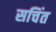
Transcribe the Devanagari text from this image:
सचिंत